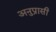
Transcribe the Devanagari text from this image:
अनुप्रासी